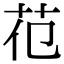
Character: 𦬳